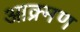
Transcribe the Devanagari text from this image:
आक्र्मण